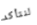
لنتأكد